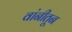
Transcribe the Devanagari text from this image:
वांनीतून